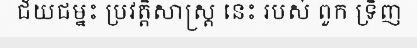
ជ័យជម្នះ ប្រវត្តិសាស្ត្រ នេះ របស់ ពួក ទ្រិញ